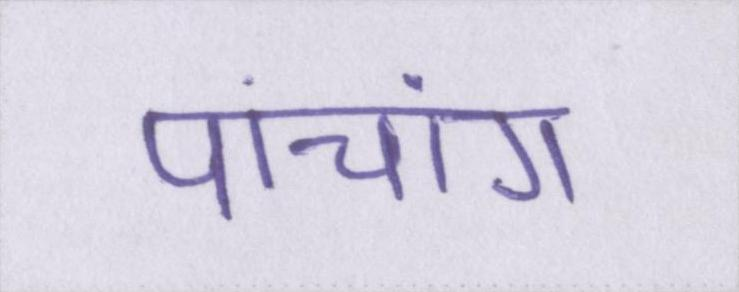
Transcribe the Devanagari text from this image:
पांचांग